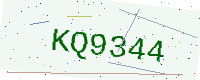
Text: KQ9344